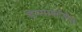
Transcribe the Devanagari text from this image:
डेन्मार्कातील